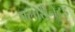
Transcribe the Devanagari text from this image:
फ्लोरीनेटड